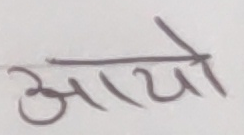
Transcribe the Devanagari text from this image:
आयो